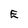
Character: E